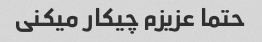
حتما عزیزم چیکار میکنی